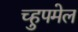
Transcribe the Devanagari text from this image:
च्हुपमेल